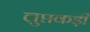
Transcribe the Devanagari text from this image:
लुप्तकड़ी